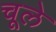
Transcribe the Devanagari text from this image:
चूले